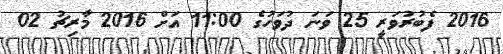
2016 ފެބުރުވަރީ 25 ވަނަ ދުވަހުގެ 11:00 އަށް 2016 މާރިޗު 02